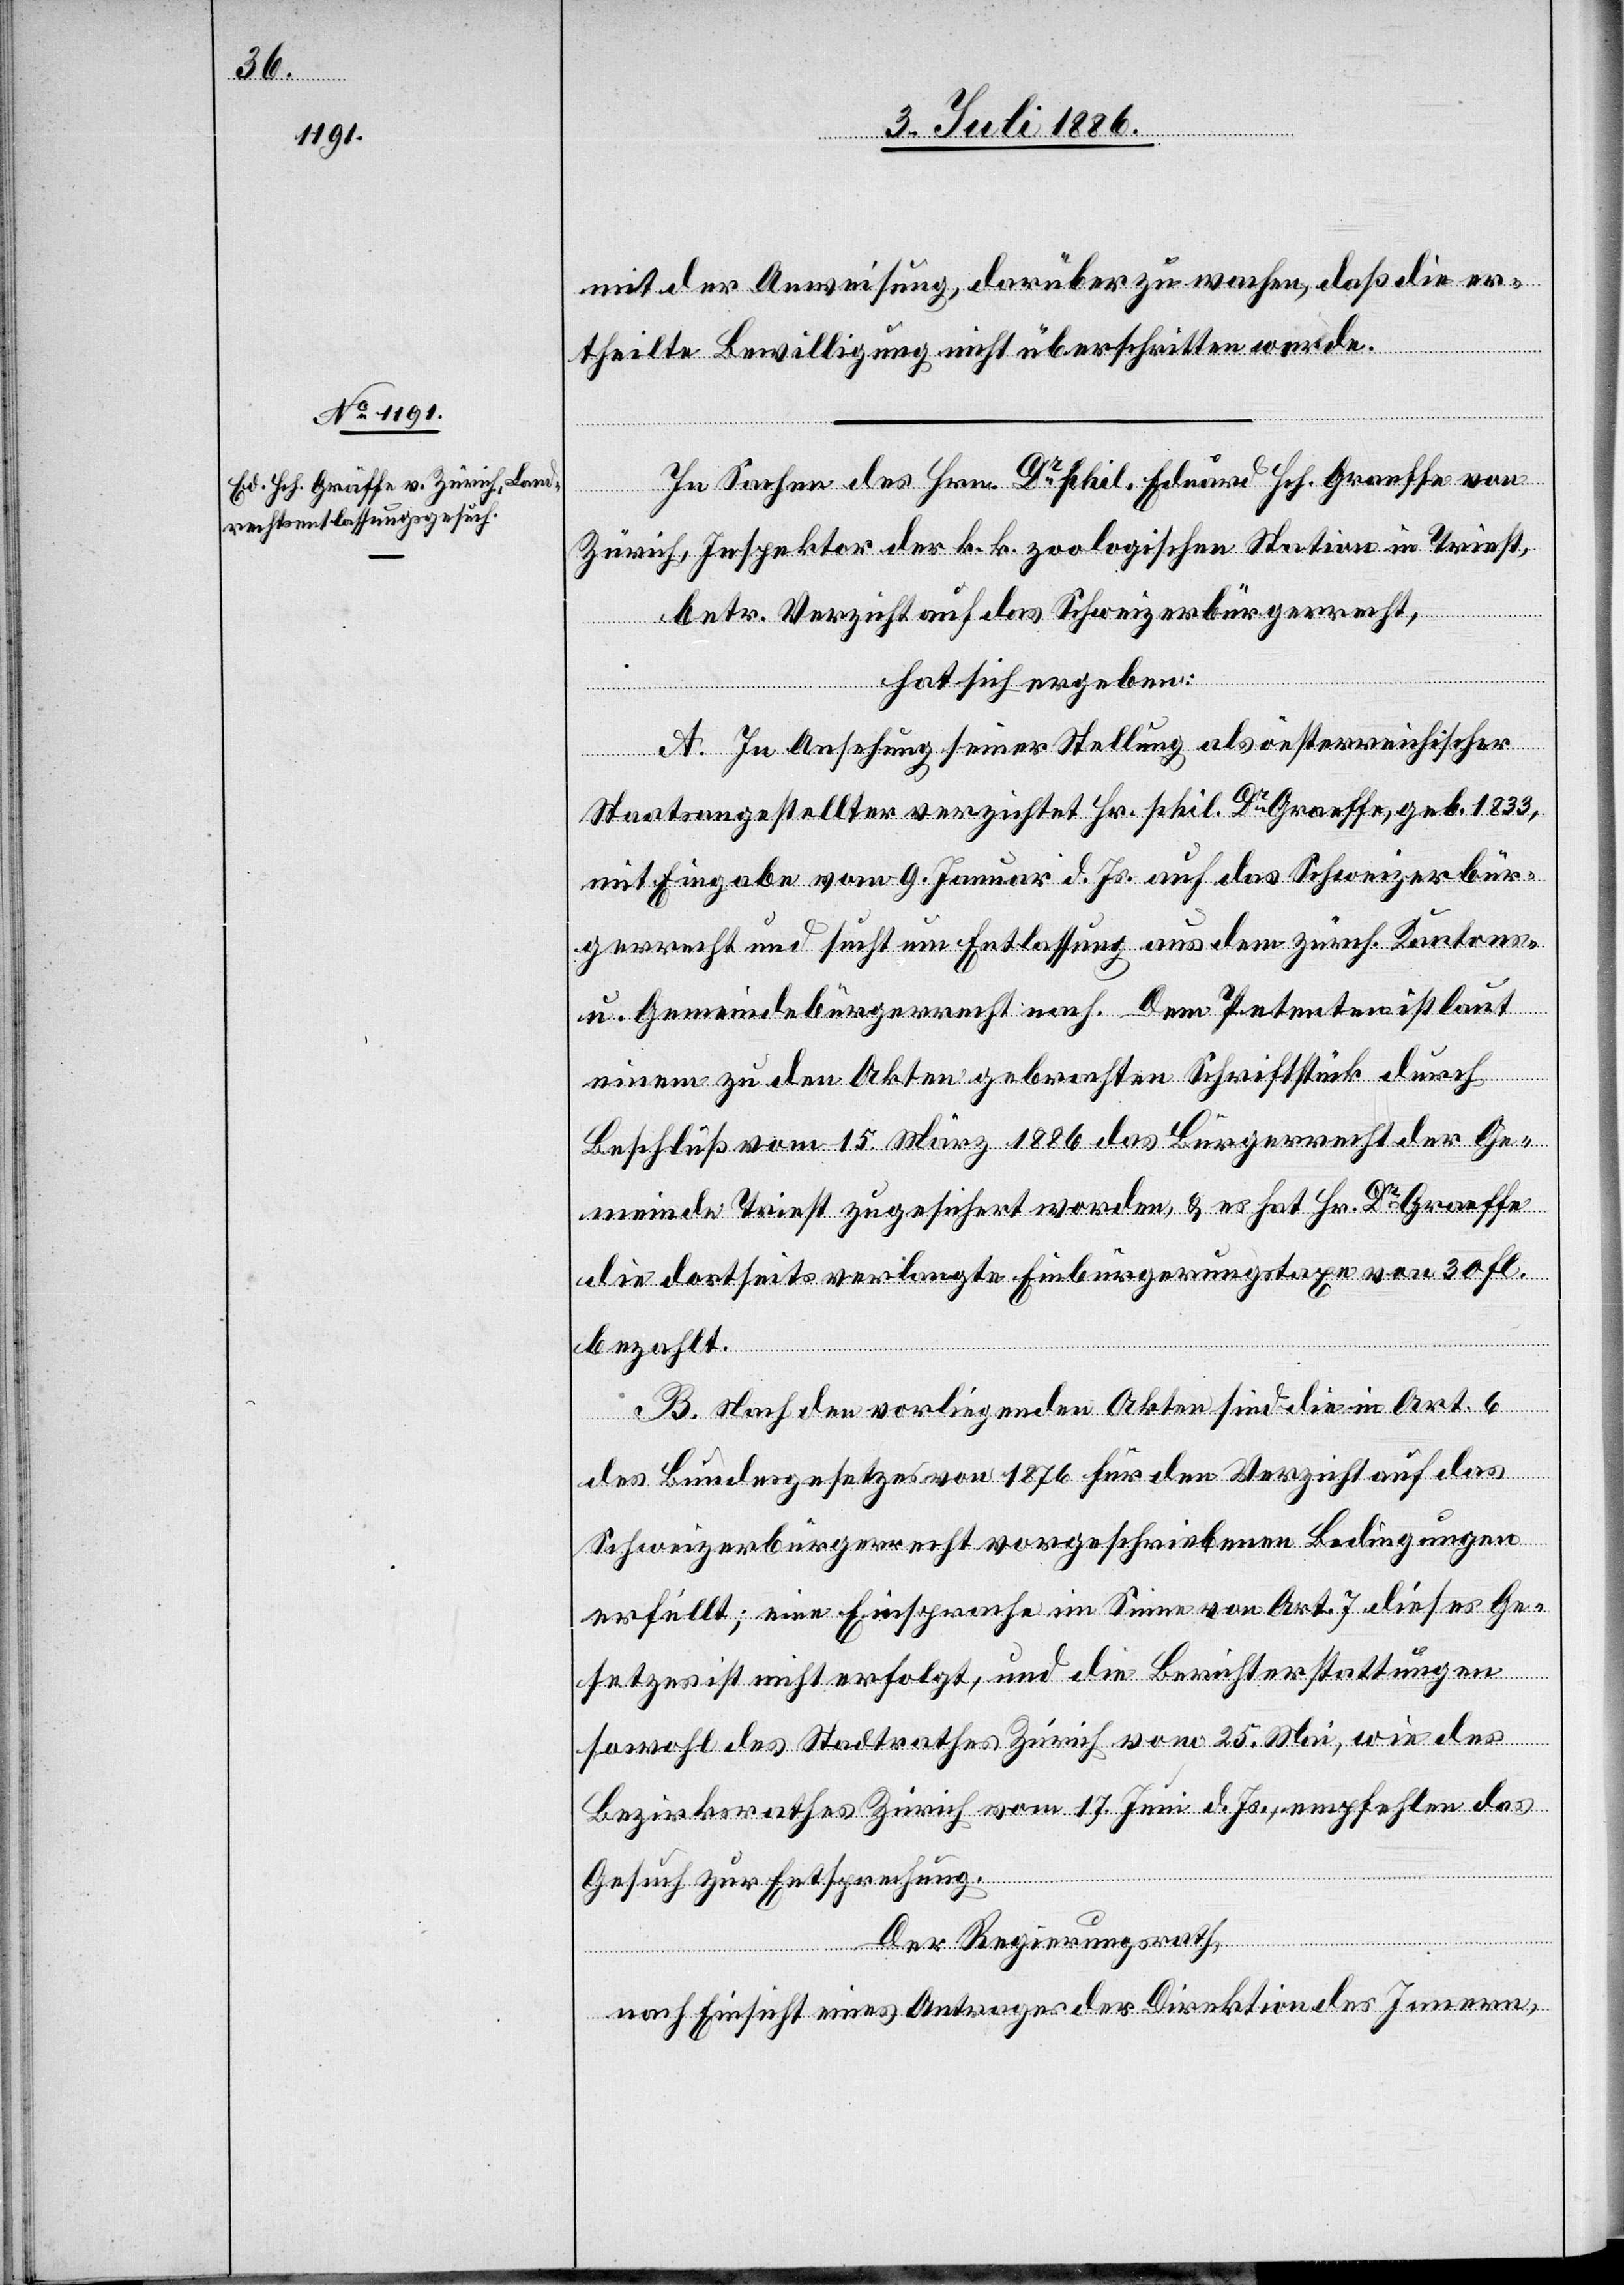
mit der Anweisung, darüber zu wachen, daß die er¬
theilte Bewilligung nicht überschritten werde.
In Sachen des Hrn. Dr phil. Eduard Hch. Graeffe [s¬
Graeffe, geb.
Zürich, Inspektor der k. k. zoologischen Station in Triest,
betr. Verzicht auf das Schweizerbürgerrecht,
hat sich ergeben:
A. In Ansehung seiner Stellung als öesterreichischer
Staatsangestellter verzichtet Hr. phil. Dr [recte: Dr
mit Eingabe vom 9. Januar d. Js. auf das Schweizerbür¬
gerrecht und sucht um Entlassung aus dem zürch. Kantons-
u. Gemeindebürgerrecht nach. Dem Petenten ist laut
einem zu den Akten gebrachten Schriftstück durch
Beschluß vom 15. März 1886 das Bürgerrecht der Ge¬
meinde Triest zugesichert worden, & es hat Hr. Dr Graeffe
die dortseits verlangte Einbürgerungstaxe von 30 fl.
bezahlt.
B. Nach den vorliegenden Akten sind die in Art. 6
des Bundesgesetzes von 1876 für den Verzicht auf das
Schweizerbürgerrecht vorgeschriebenen Bedingungen
erfüllt; eine Einsprache im Sinne von Art. 7 dieses Ge¬
setzes ist nicht erfolgt, und die Berichterstattungen
sowohl des Stadtrathes Zürich vom 25. Mai, wie des
Bezirksrathes Zürich vom 17. Juni d. Js., empfehlen das
Gesuch zur Entsprechung.
Der Regierungsrath,
nach Einsicht eines Antrages der Direktion des Innern,